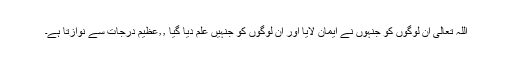
اللہ تعالی ان لوگوں کو جنہوں نے ایمان لایا اور ان لوگوں کو جنہیں علم دیا گیا ٫٫عظیم درجات سے نوازتا ہے۔